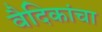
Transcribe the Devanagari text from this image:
वैदिकांचा